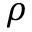
\rho